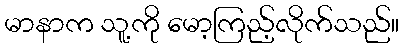
မာနာက သူ့ကို မော့ကြည့်လိုက်သည်။